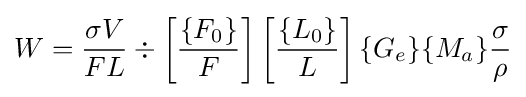
W={\frac {\sigma V}{FL}}\div \left[{\frac {\{F_{0}\}}{F}}\right]\left[{\frac {\{L_{0}\}}{L}}\right]\{G_{e}\}\{M_{a}\}{\frac {\sigma }{\rho }}